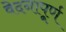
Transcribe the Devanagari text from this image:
वेदनापूर्ण